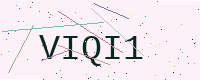
Text: VIQI1